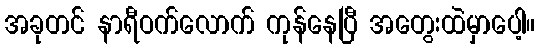
အခုတင် နာရီဝက်လောက် ကုန်နေပြီ အတွေးထဲမှာပေါ့။